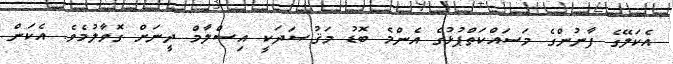
އެކަލޭގެ ފާނުންގެ މަސައްކަތްޕުޅުގެ އެންމެ ބޮޑު މަޤުޞަދަކީ އިސްލާމް ދީނަށް ގޮވާލުމެވެ. އެކަން